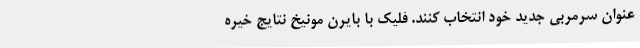
عنوان سرمربی جدید خود انتخاب کنند. فلیک با بایرن مونیخ نتایج خیره